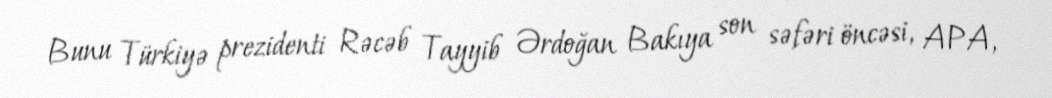
Bunu Türkiyə prezidenti Rəcəb Tayyib Ərdoğan Bakıya son səfəri öncəsi, APA,